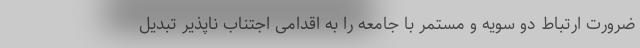
ضرورت ارتباط دو سویه و مستمر با جامعه را به اقدامی اجتناب ناپذیر تبدیل